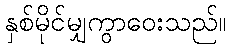
နှစ်မိုင်မျှကွာဝေးသည်။